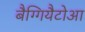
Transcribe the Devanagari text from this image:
बैग्गियैटोआ